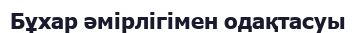
Бұхар әмірлігімен одақтасуы